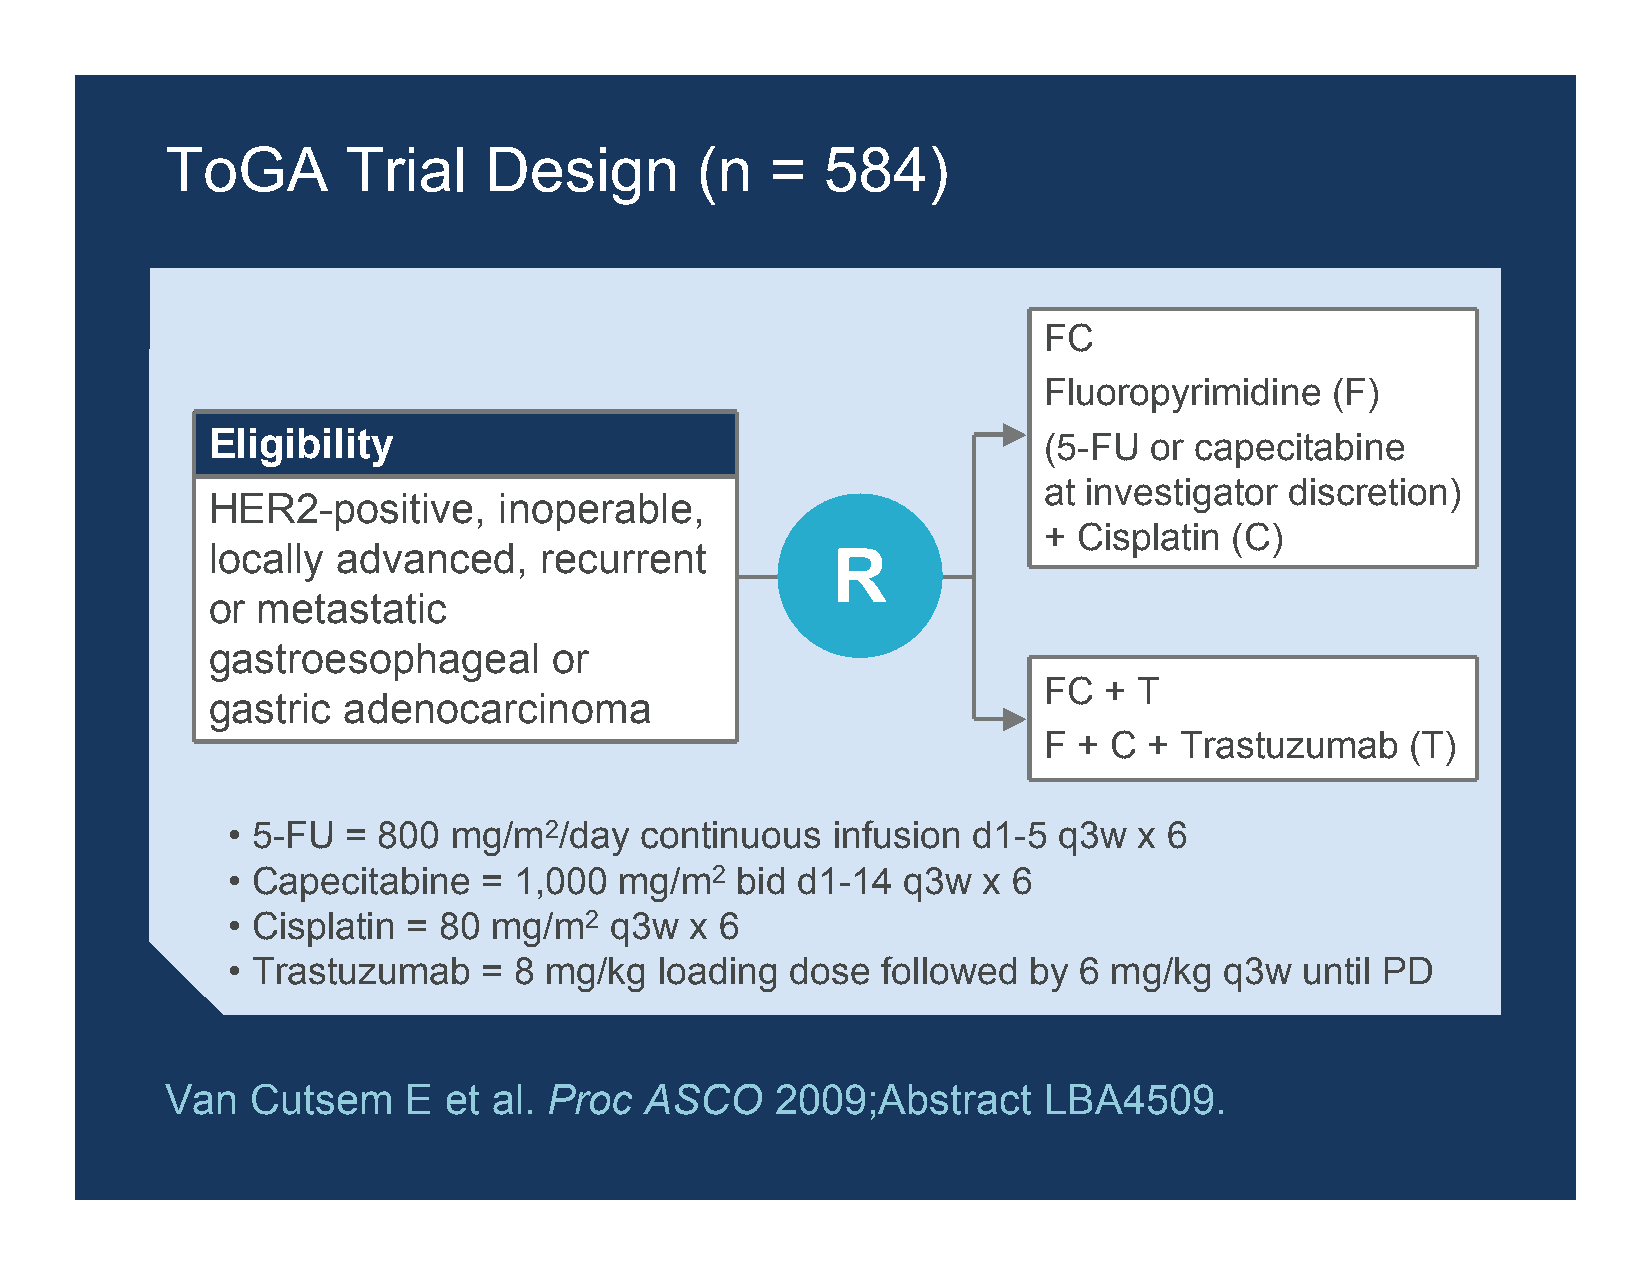
ToGA        Trial    Design        (n   =   584)
 FC
 Fluoropyrimidine   (F)
 Eligibility                                            (5-FU  or capecitabine
 at investigator discretion)
 HER2-positive,     inoperable,
 + Cisplatin (C)
 locally advanced,     recurrent          R
 or metastatic
 gastroesophageal       or
 FC  + T
 gastric  adenocarcinoma
 F + C  + Trastuzumab    (T)
 • 5-FU  = 800  mg/m2/day   continuous   infusion d1-5  q3w  x 6
 • Capecitabine   = 1,000  mg/m2   bid d1-14  q3w  x 6
 • Cisplatin = 80 mg/m2   q3w   x 6
 • Trastuzumab    = 8 mg/kg   loading dose  followed  by 6 mg/kg   q3w  until PD
 Van   Cutsem    E et  al. Proc  ASCO    2009;Abstract     LBA4509.